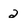
Character: 2